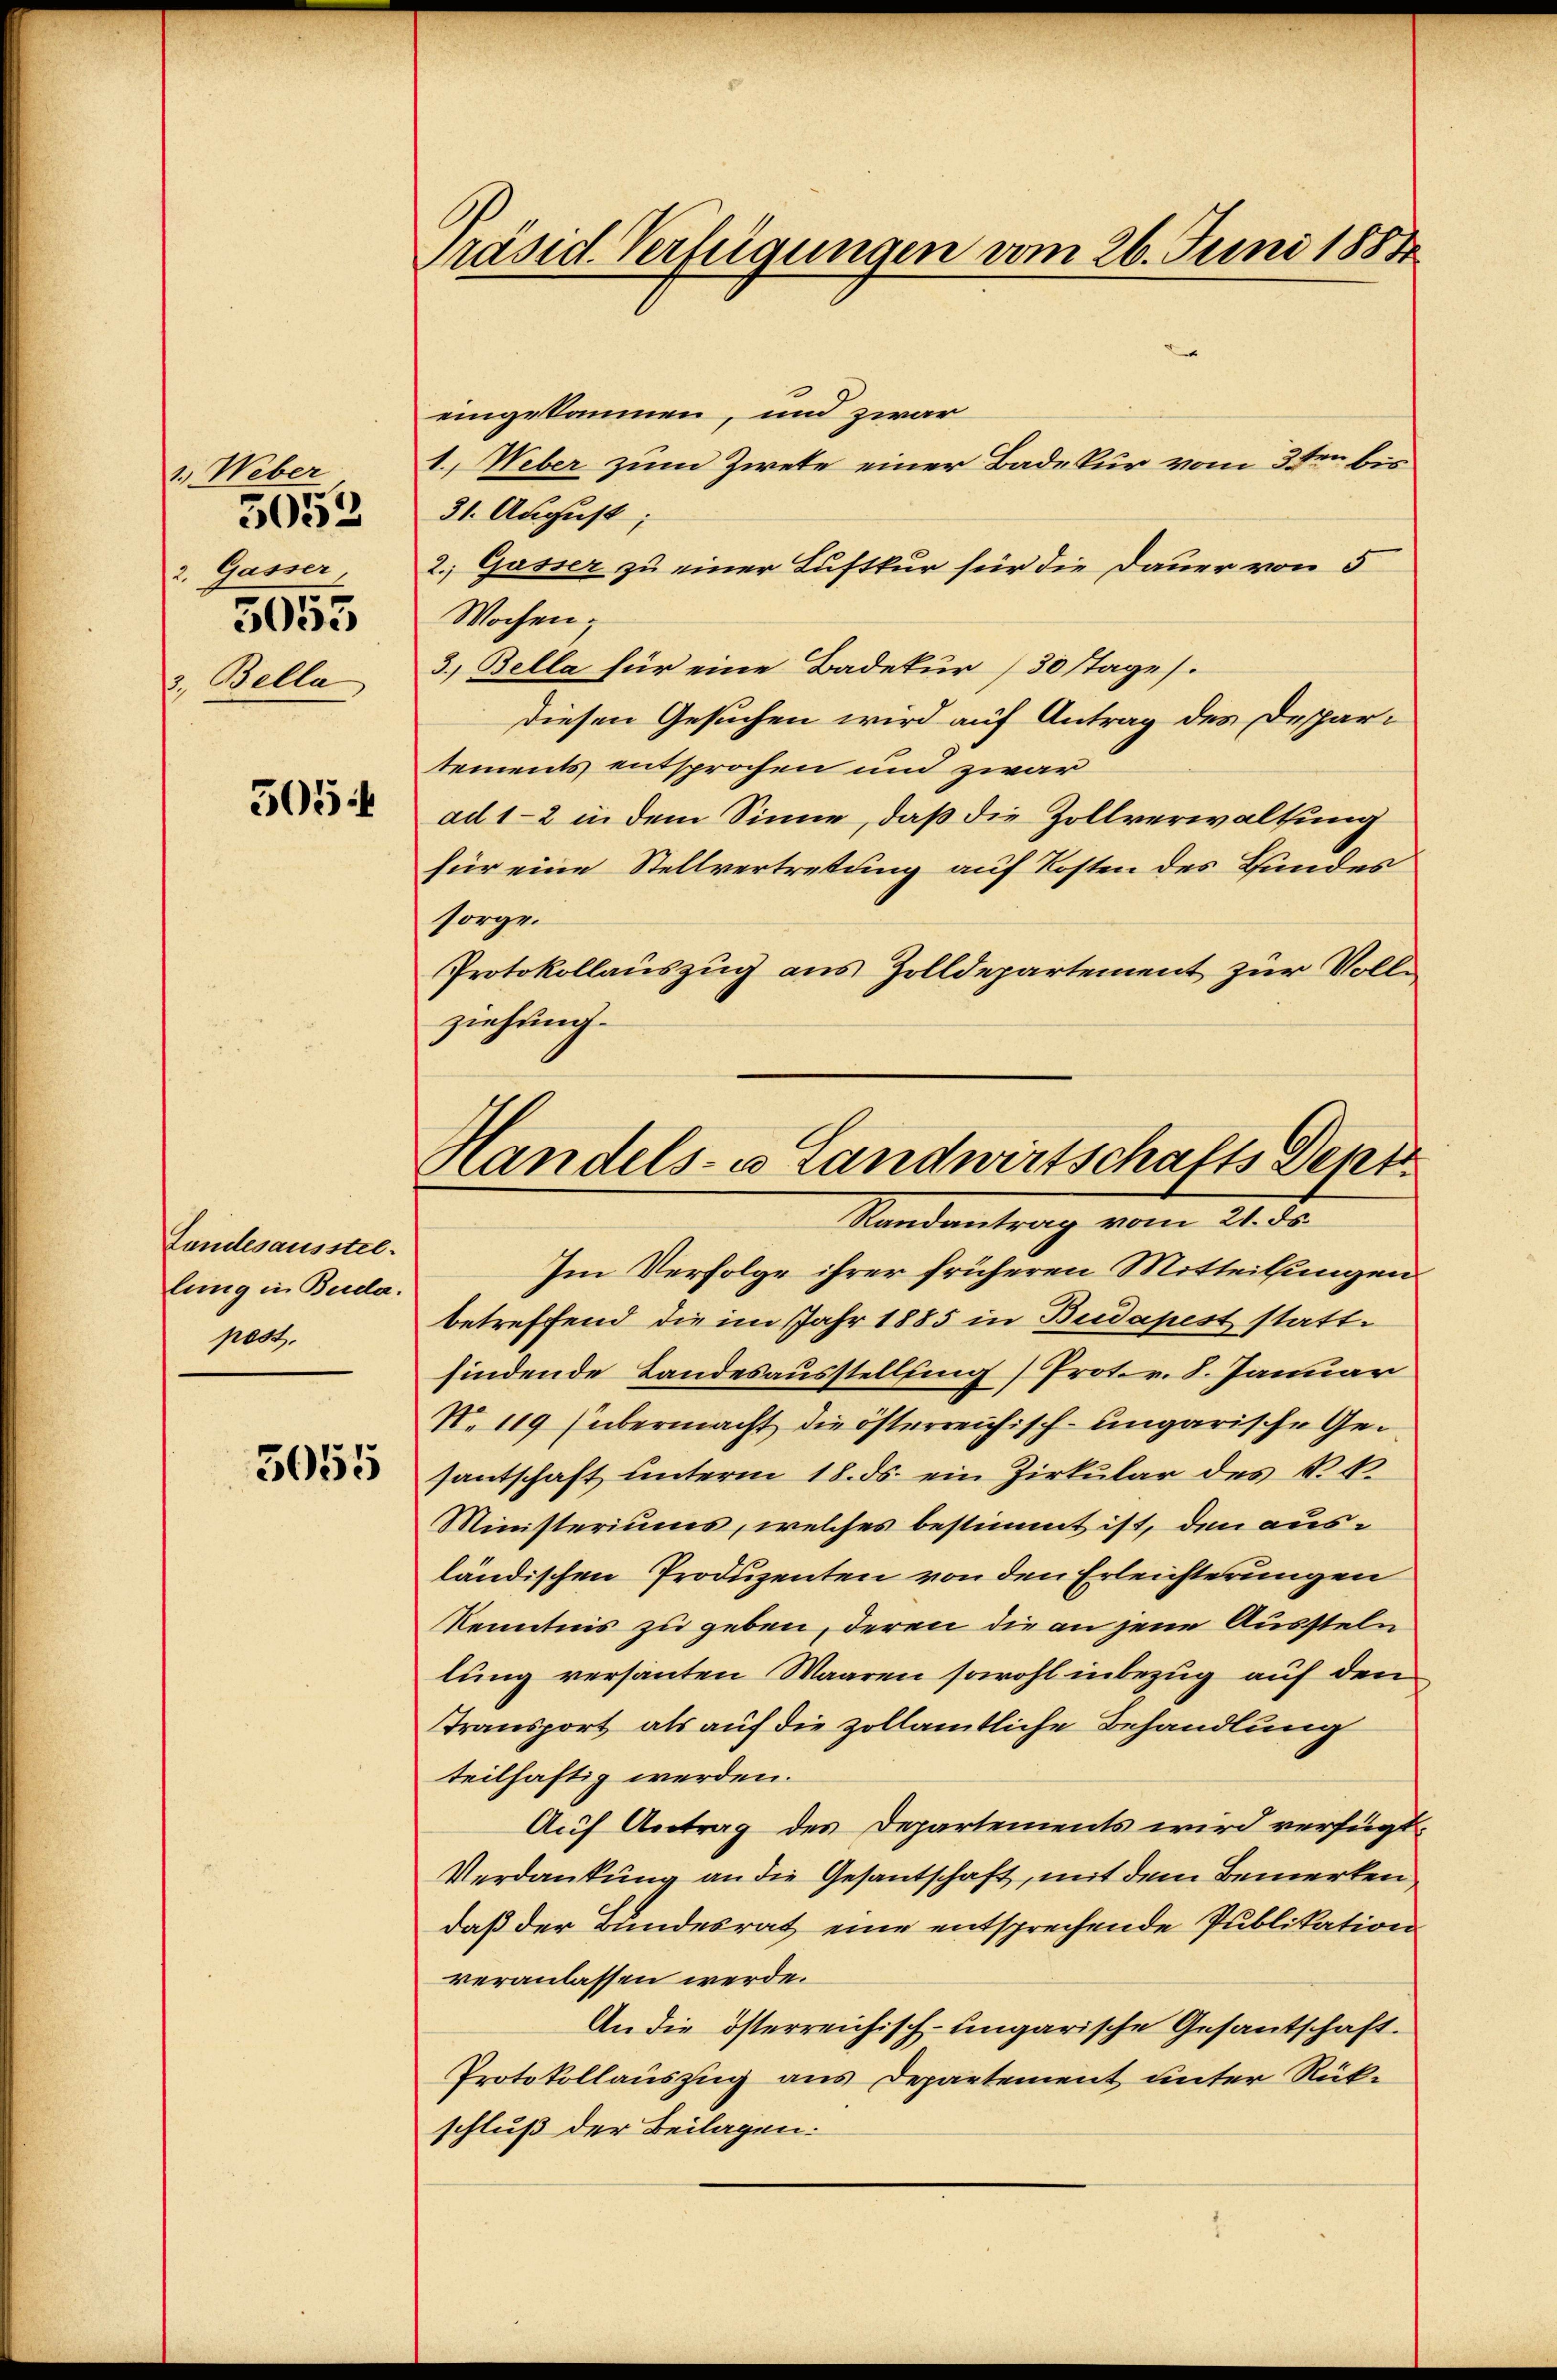
1. Weber
5053
2. Gasser,
5053
2. Bella

505 f

Landesausstel
lung in Buda.
pest.
5055

präsid. Verfügungen vom 26. Juni 1884

Handels- u Landwirtschafts Dept
Standentrag vom 21. d.

eingekommen, und zwar
1. Weber zum Ziete einer Badekur vom 3ten bis
31. August,
2 Gasser zu einer Luftkur für die Dauer von 5
Wochen;
3.) Bella für eine Badekur 30 stages.
Diesen Gesuchen wird auf Antrag des Despartements entsprochen und zwar
ad 1-2 in dem Sinne, daß die Zollverwaltung
für eine Stellvertretung auf Kosten des Handes
sorge.
Protokollauszug aus Zolldepartement zur Volle
ziehung.
Im Verfolge ihrer früheren Mitteilungen
betreffend die im Jahr 1885 in Budapest stattfindende Landesausstellung / Prot. v. 8. Januar
N. 119 (übermacht die österreichisch-ungarische Gesantschaft unterm 18. ds. ein Zirkular des N. 1
Ministeriums, welches bestimmt ist, den ausländischen Produzenten von den Erleichterungen
Kenntnis zu geben, deren die an jene Aussteln
lung versanten Waaren sowohl inbezug auf den
Transport als auf die zollämtliche Behandlung
teilhaftig werden.
Auf Antrag des Departements wird verfügt:
Verdankung an die Gesantschaft, mit dem Bemerken,
daß der Bundesrat eine entsprechende Publikation
veranlassen werde.
An die österreichisch-ungarische Gesantschaft.
Protokollauszug aus Departement unter Rükschluß der Beilagen.